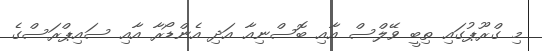
މި ގްރޫޕުގައި ތިބީ ވޭލްސް އާއި ބޮސްނިއާ އަދި އެންޑޯރާ އާއި ސައިޕްރަސްގެ